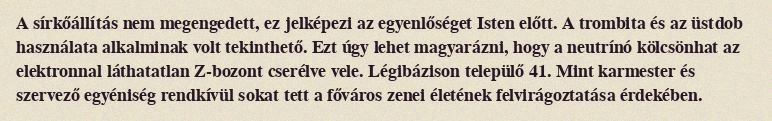
A sírkőállítás nem megengedett, ez jelképezi az egyenlőséget Isten előtt. A trombita és az üstdob használata alkalminak volt tekinthető. Ezt úgy lehet magyarázni, hogy a neutrínó kölcsönhat az elektronnal láthatatlan Z-bozont cserélve vele. Légibázison települő 41. Mint karmester és szervező egyéniség rendkívül sokat tett a főváros zenei életének felvirágoztatása érdekében.